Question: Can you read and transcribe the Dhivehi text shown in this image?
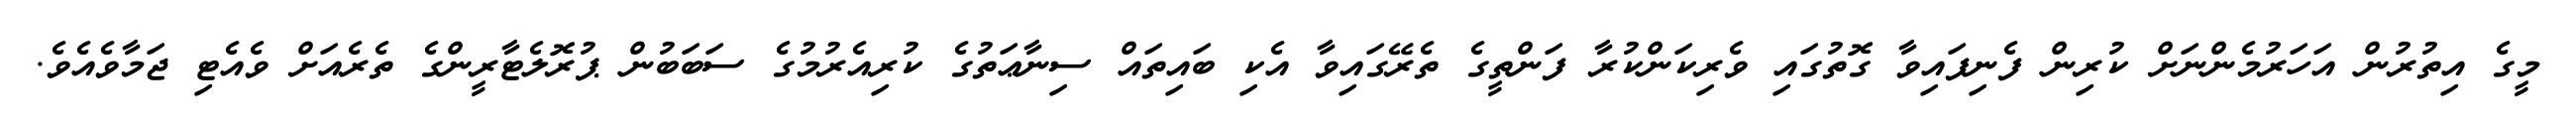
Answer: މީގެ އިތުރުން އަހަރުމެންނަށް ކުރިން ފެނިފައިވާ ގޮތުގައި ވެރިކަންކުރާ ފަންތީގެ ތެރޭގައިވާ އެކި ބައިތައް ސިނާޢަތުގެ ކުރިއެރުމުގެ ސަބަބުން ޕުރޮލެޓާރީންގެ ތެރެއަށް ވެއެޓި ޖަމާވެއެވެ.